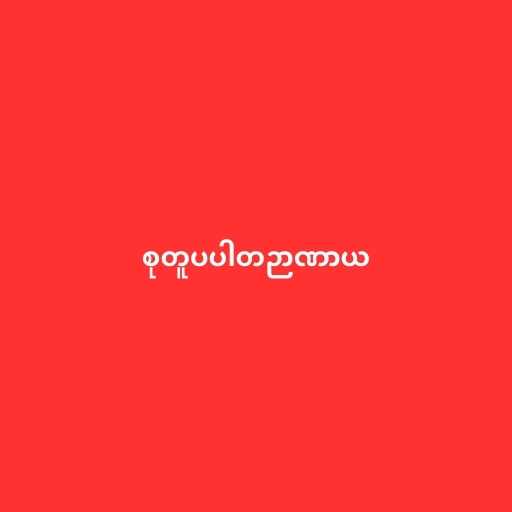
စုတူပပါတဉာဏာယ